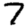
Digit: 7